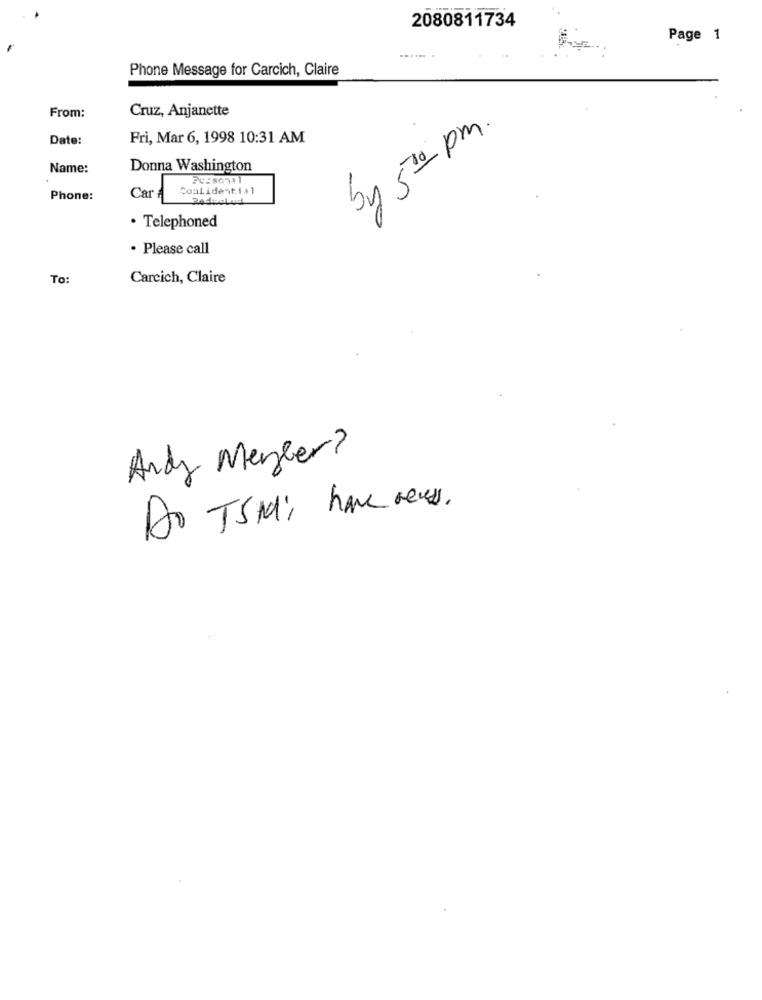
2080811734
Page 1
......
Phone Message for Carcich, Claire
Cruz, Anjanette
From:
by 500 pm.
Date:
Fri, Mar 6, 1998 10:31 AM
Name:
Donna Washington
20180741
Coalidenti,1
Phone:
Car
· Telephoned
· Please call
To
Carcich, Claire
Andy Megler?
Do TSMi have news.